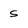
Character: S